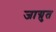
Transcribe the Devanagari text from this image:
जाग्रुत